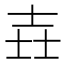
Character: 壵